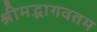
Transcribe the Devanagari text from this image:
श्रीमद्भागवतम